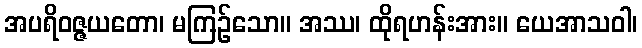
အပရိဝဇ္ဇယတော၊ မကြဉ်သော။ အဿ၊ ထိုရဟန်းအား။ ယေအာသဝါ၊